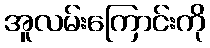
အူလမ်းကြောင်းကို